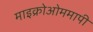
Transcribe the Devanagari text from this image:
माइक्रोओममापी